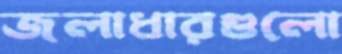
জলাধারগুলো